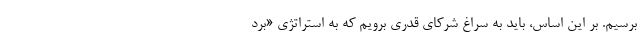
برسیم. بر این اساس، باید به سراغ شرکای قدری برویم که به استراتژی «برد